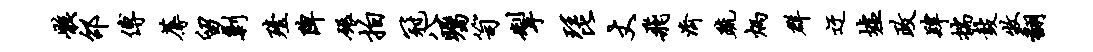
骸邵傅蓐留剿殪陴碾拍冠八瞩笥掣琵丈飞济疏炳群迂墟政肄揣鼓牧翻